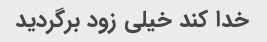
خدا کند خیلی زود برگردید